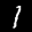
Label: 1